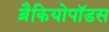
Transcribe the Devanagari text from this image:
ब्रैकियोपॉडस